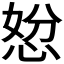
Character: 𭝇